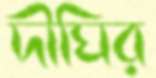
দীঘির